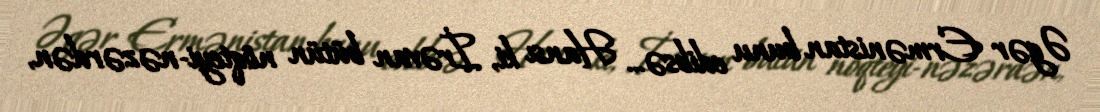
Əgər Ermənistan bunu edibsə... Hansı ki, İrəvan bütün nöqteyi-nəzərdən,